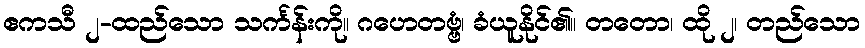
ဧကသီ ၂-ထည်သော သင်္ကန်းကို။ ဂဟေတဗ္ဗံ၊ ခံယူနိုင်၏။ တတော၊ ထို ၂၊ တည်သော